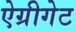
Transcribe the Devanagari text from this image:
ऐग्रीगेट